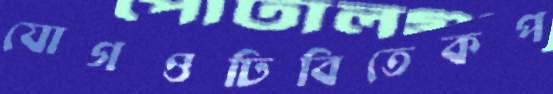
যোগওঢিবিতেকপ